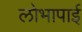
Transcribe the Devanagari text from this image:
लोभापाई